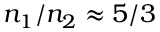
n _ { 1 } / n _ { 2 } \approx 5 / 3